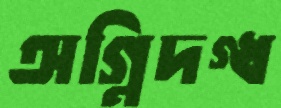
অগ্নিদগ্ধ